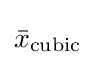
{\bar {x}}_{\mathrm {cubic} }